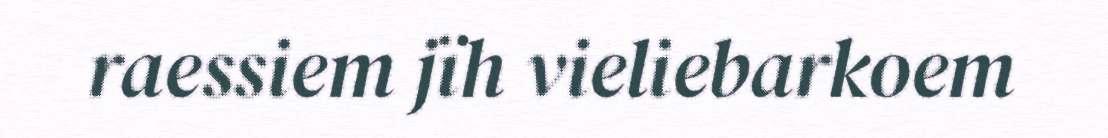
raessiem jïh vieliebarkoem